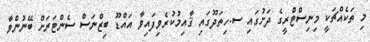
މި ތަކެއްޗަކީ މިނިސްޓްރީގެ ދަށުގައި ސ.ހިތަދޫގައި ޤާއިމުކުރެވިފައިވާ އައްޑޫ ބިޒްނަސް ސެންޓަރަށް ބޭނުންވާ